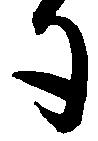
勺